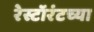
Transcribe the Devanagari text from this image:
रेस्टॉरंटच्या